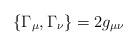
LaTeX: \begin{align*}\left\{ \Gamma_{\mu} , \Gamma_{\nu} \right\} = 2 g_{\mu \nu}\end{align*}